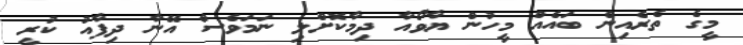
މީގެ ތެރެއިން ބައެއް މީހުން ޔާވޯއާ ދިމާކޮށްލި ނަމަވެސް އޭނާ ދިފާއު ކުރީ